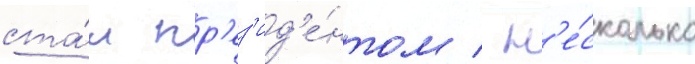
ста́л пр'ез'ид'е́нтом / н'е́сколько